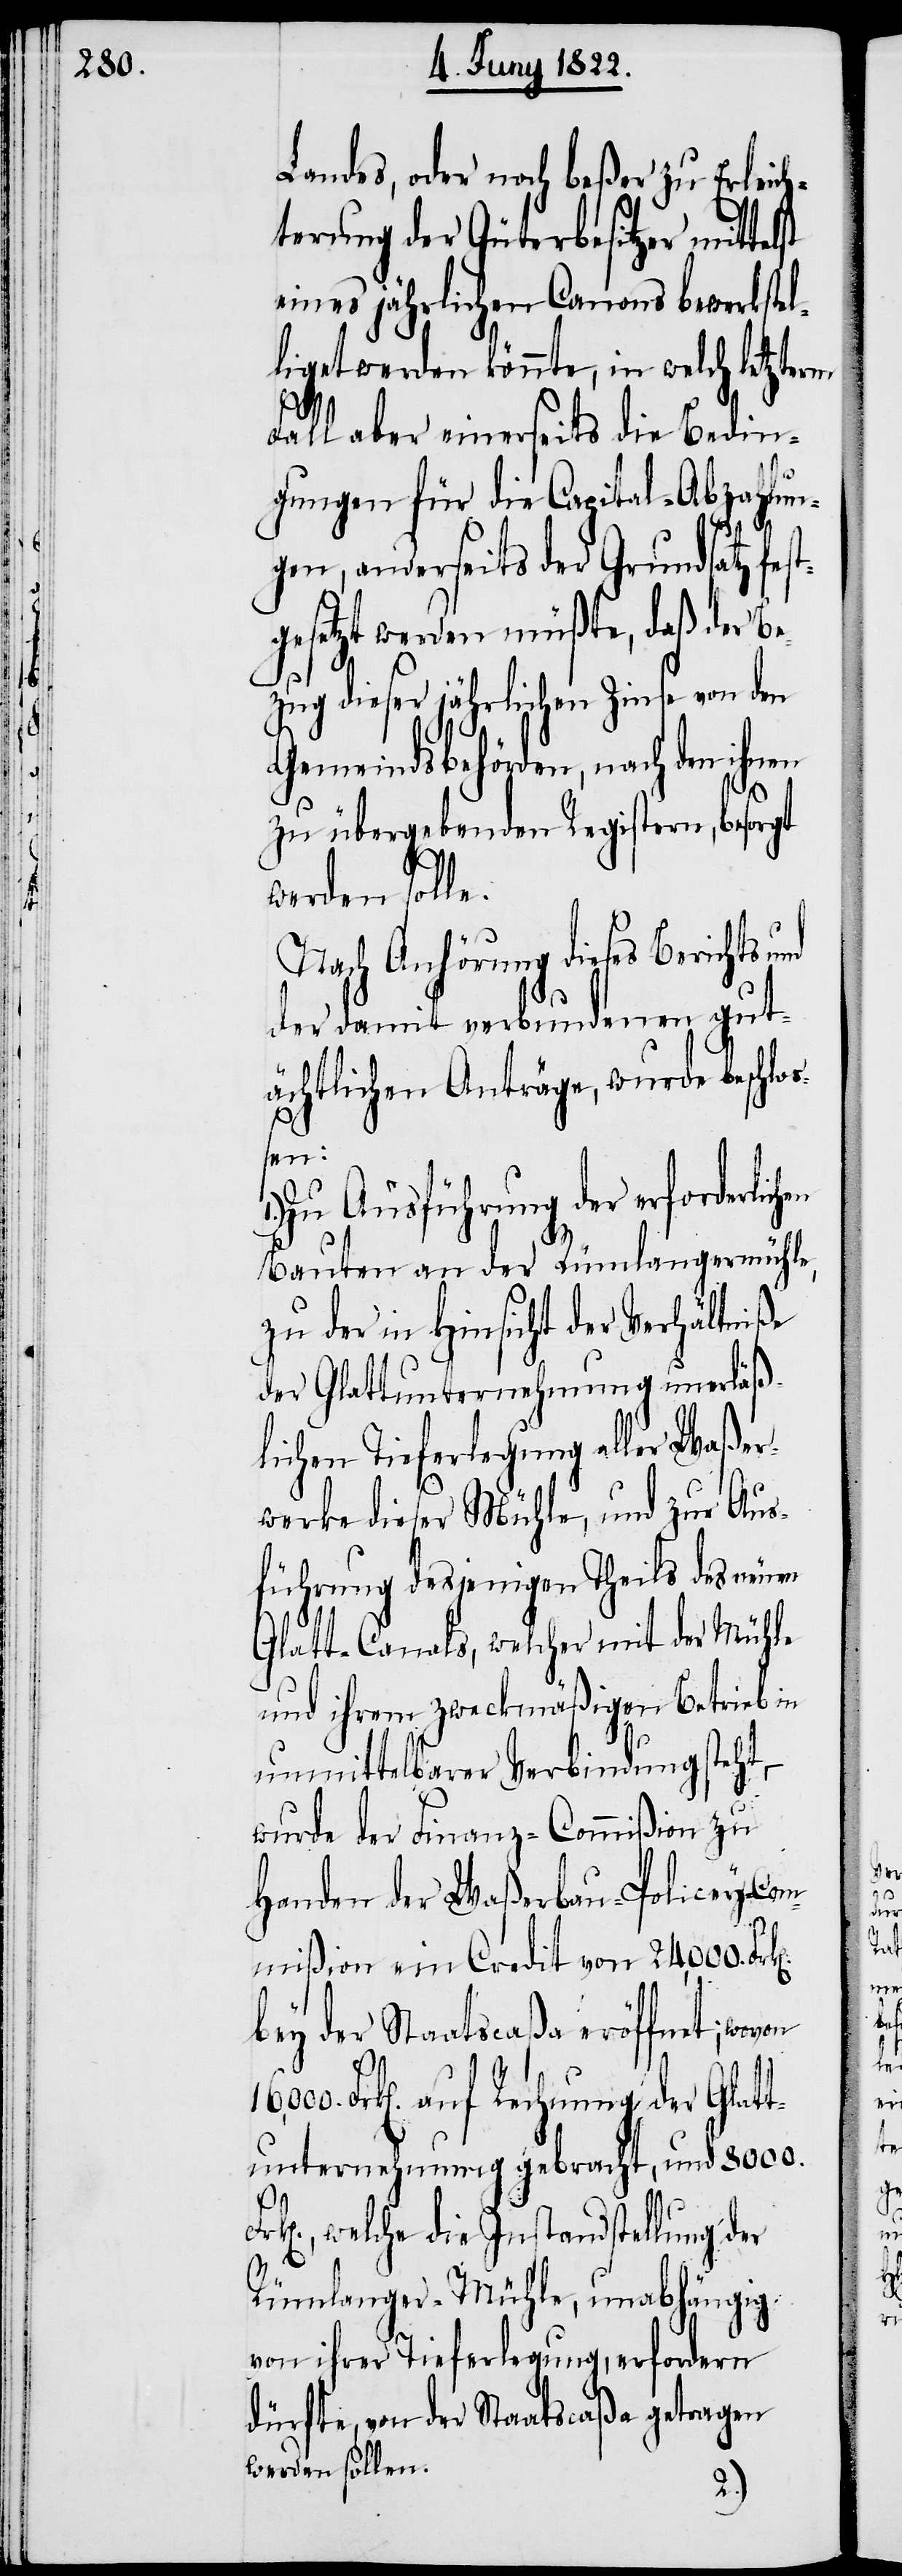
st

Landes, oder noch beßer zu Erleich¬
terung der Güterbesitzer mittel¬
eines jährlichen Canons bewerstel¬
liget werden könnte, in welch letzterm
en
Fall aber einerseits die Bedin¬
gungen für die Capital-Abzahlun¬
gen, anderseits der Grundsatz fe¬
gesetzt werden müßte, daß der Be¬
zug dieser jährlichen Zinse von den
Gemeindsbehörden, nach den
zu übergebenden Registern, besor¬
werden solle.
Nach Anhörung dieses Berichts
der damit verbundenen gut¬
ächtlichen Anträge, wurde beschlo¬
ßen:
Zu Ausführung der erforderlich¬
Bauten an der Rümlangermühle
zu der in Hinsicht der Verhältniße
der Glattunternehmung unerläß¬
lichen Tieferlegung aller Waßer¬
werke dieser Mühle, und zur Aus¬
führung desjenigen Theils des neuen
Glatt-Canals, welcher mit der Mühler
und ihrem zweckmäßigen Betrieb in
unmittelbarer Verbindung steht,
wurde der Finanz-Commißion zu
Handen der Waßerbau-Policey-Com¬
mißion ein Credit von 24,000.
bey der Staatscaßa eröffnet; wovon
Frk[en]. auf Rechnung der Glatt¬
unternehmung gebraucht, und 8000.
Fr¬
k[en].,welche die Instandstellung der
Rümlanger-Mühle, unabhängig
von ihrer Tieferlegung, erfordern
dürfte, von der Staatscaßa getragen
werden sollen.